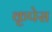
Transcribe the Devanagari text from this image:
कृपेस